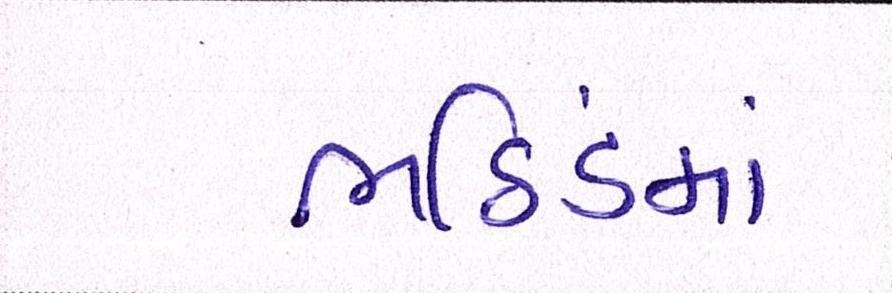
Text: ભઠિંડમાં